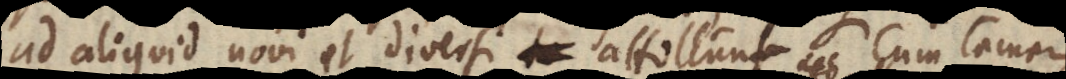
ad aliquid novi et diversi attollunt, cum tamen